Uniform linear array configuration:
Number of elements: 24
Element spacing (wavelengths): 1
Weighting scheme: cosine
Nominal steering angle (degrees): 60
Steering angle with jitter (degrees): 61.921
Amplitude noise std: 0.05
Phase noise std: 0.05

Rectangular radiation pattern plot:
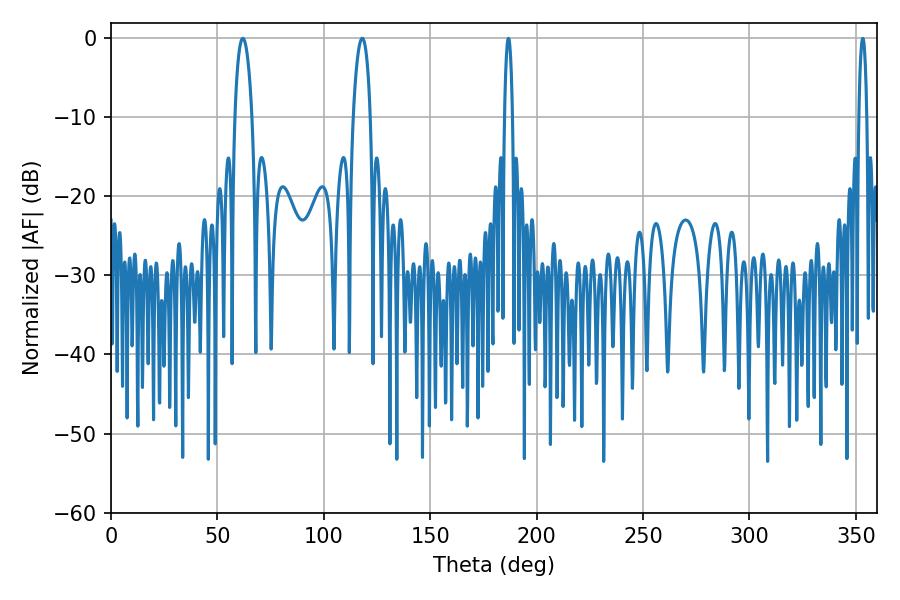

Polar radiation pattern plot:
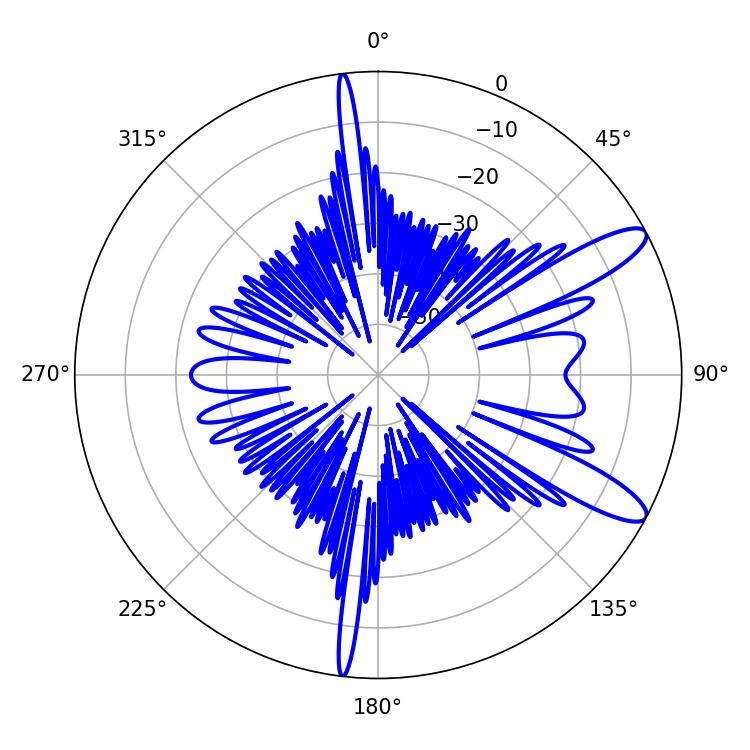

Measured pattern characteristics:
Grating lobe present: TRUE
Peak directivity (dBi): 11.313
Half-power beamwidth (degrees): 4.5
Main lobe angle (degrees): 61.92